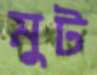
মুট